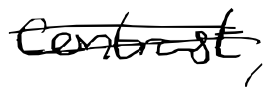
Text: contrast,
Cross-out: double-line
Writing tool: digital_black